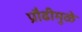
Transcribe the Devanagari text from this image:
प्रौढीमुळे